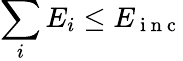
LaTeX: \sum_{i}E_{i}\leq E_{\mathrm{~i~n~c~}}